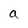
Character: a